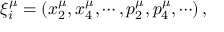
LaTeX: \xi _ { i } ^ { \mu } = \left( x _ { 2 } ^ { \mu } , x _ { 4 } ^ { \mu } , \cdots , p _ { 2 } ^ { \mu } , p _ { 4 } ^ { \mu } , \cdots \right) ,